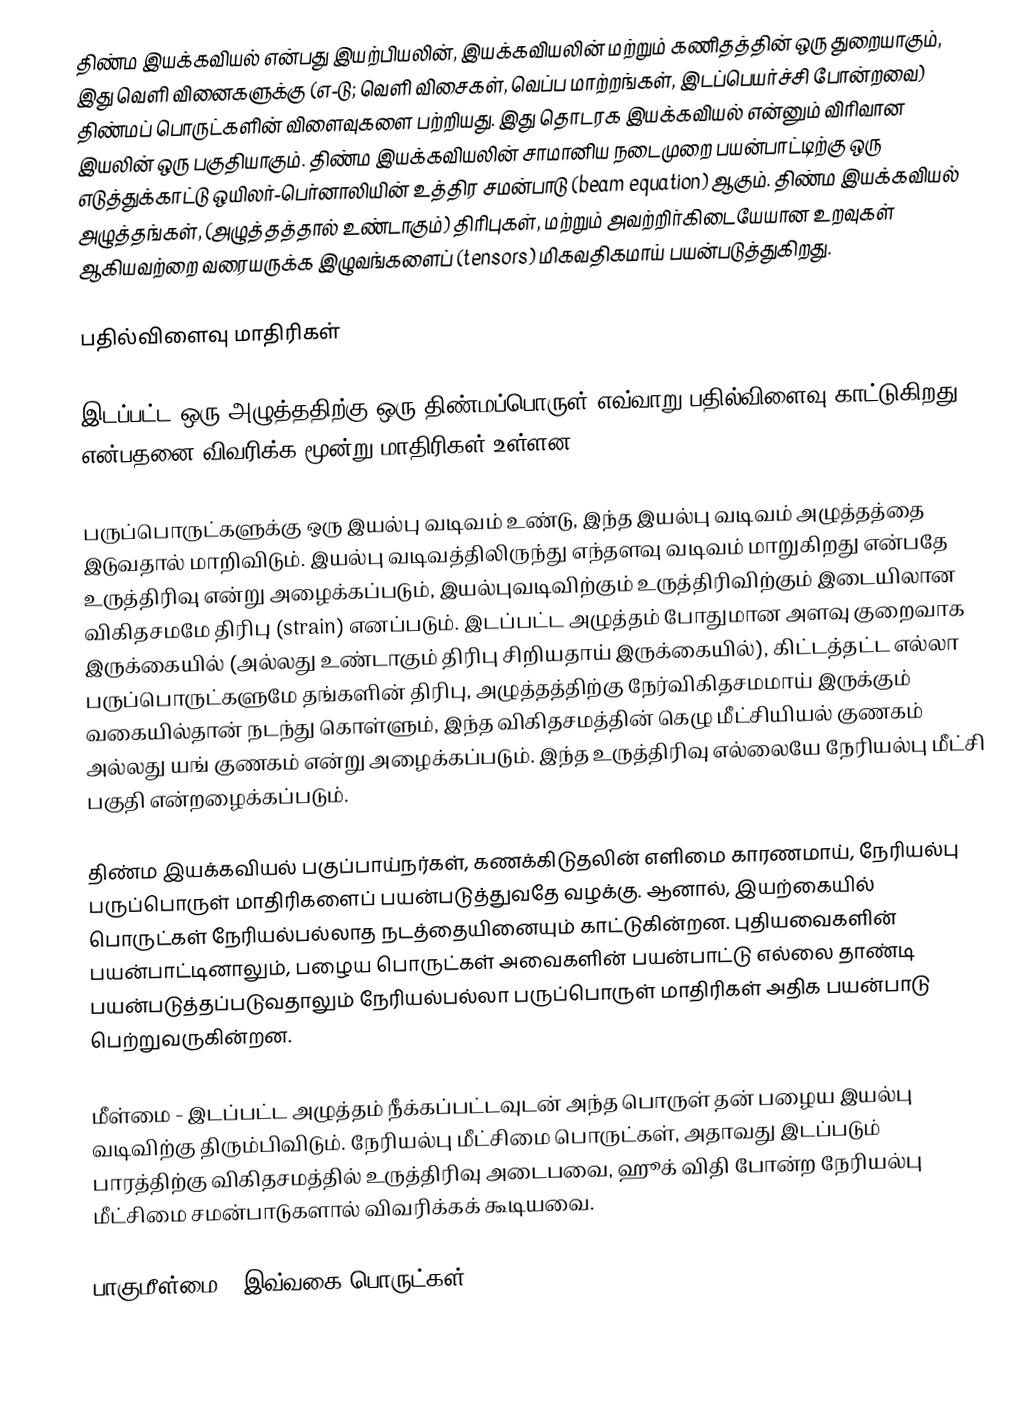
திண்ம இயக்கவியல் என்பது இயற்பியலின், இயக்கவியலின் மற்றும் கணிதத்தின் ஒரு துறையாகும், இது வெளி வினைகளுக்கு (எ-டு; வெளி விசைகள், வெப்ப மாற்றங்கள், இடப்பெயர்ச்சி போன்றவை) திண்மப் பொருட்களின் விளைவுகளை பற்றியது. இது தொடரக இயக்கவியல் என்னும் விரிவான இயலின் ஒரு பகுதியாகும். திண்ம இயக்கவியலின் சாமானிய நடைமுறை பயன்பாட்டிற்கு ஒரு எடுத்துக்காட்டு ஒயிலர்-பெர்னாலியின் உத்திர சமன்பாடு (beam equation) ஆகும். திண்ம இயக்கவியல் அழுத்தங்கள், (அழுத்தத்தால் உண்டாகும்) திரிபுகள், மற்றும் அவற்றிர்கிடையேயான உறவுகள் ஆகியவற்றை வரையருக்க இழுவங்களைப் (tensors) மிகவதிகமாய் பயன்படுத்துகிறது.

பதில்விளைவு மாதிரிகள்

இடப்பட்ட ஒரு அழுத்ததிற்கு ஒரு திண்மப்பொருள் எவ்வாறு பதில்விளைவு காட்டுகிறது என்பதனை விவரிக்க மூன்று மாதிரிகள் உள்ளன:

பருப்பொருட்களுக்கு ஒரு இயல்பு வடிவம் உண்டு, இந்த இயல்பு வடிவம் அழுத்தத்தை இடுவதால் மாறிவிடும். இயல்பு வடிவத்திலிருந்து எந்தளவு வடிவம் மாறுகிறது என்பதே உருத்திரிவு என்று அழைக்கப்படும், இயல்புவடிவிற்கும் உருத்திரிவிற்கும் இடையிலான விகிதசமமே திரிபு (strain) எனப்படும். இடப்பட்ட அழுத்தம் போதுமான அளவு குறைவாக இருக்கையில் (அல்லது உண்டாகும் திரிபு சிறியதாய் இருக்கையில்), கிட்டத்தட்ட எல்லா பருப்பொருட்களுமே தங்களின் திரிபு, அழுத்தத்திற்கு நேர்விகிதசமமாய் இருக்கும் வகையில்தான் நடந்து கொள்ளும், இந்த விகிதசமத்தின் கெழு மீட்சியியல் குணகம் அல்லது யங் குணகம் என்று அழைக்கப்படும். இந்த உருத்திரிவு எல்லையே நேரியல்பு மீட்சி பகுதி என்றழைக்கப்படும்.

திண்ம இயக்கவியல் பகுப்பாய்நர்கள், கணக்கிடுதலின் எளிமை காரணமாய், நேரியல்பு பருப்பொருள் மாதிரிகளைப் பயன்படுத்துவதே வழக்கு. ஆனால், இயற்கையில் பொருட்கள் நேரியல்பல்லாத நடத்தையினையும் காட்டுகின்றன. புதியவைகளின் பயன்பாட்டினாலும், பழைய பொருட்கள் அவைகளின் பயன்பாட்டு எல்லை தாண்டி பயன்படுத்தப்படுவதாலும் நேரியல்பல்லா பருப்பொருள் மாதிரிகள் அதிக பயன்பாடு பெற்றுவருகின்றன.

மீள்மை - இடப்பட்ட அழுத்தம் நீக்கப்பட்டவுடன் அந்த பொருள் தன் பழைய இயல்பு வடிவிற்கு திரும்பிவிடும். நேரியல்பு மீட்சிமை பொருட்கள், அதாவது இடப்படும் பாரத்திற்கு விகிதசமத்தில் உருத்திரிவு அடைபவை, ஹூக் விதி போன்ற நேரியல்பு மீட்சிமை சமன்பாடுகளால் விவரிக்கக் கூடியவை.

பாகுமீள்மை - இவ்வகை பொருட்கள்